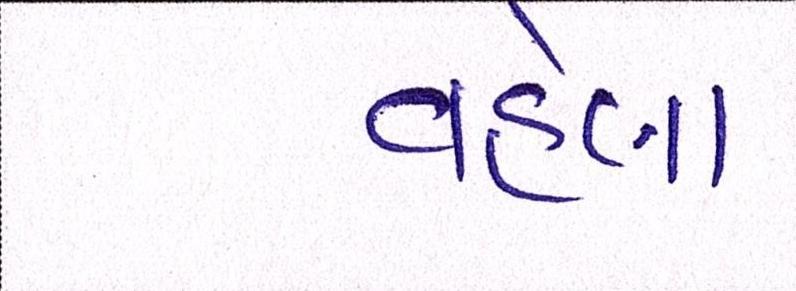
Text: વહેલા